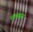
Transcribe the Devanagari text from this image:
चमनबहार